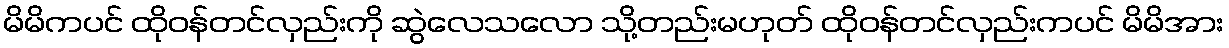
မိမိကပင် ထိုဝန်တင်လှည်းကို ဆွဲလေသလော သို့တည်းမဟုတ် ထိုဝန်တင်လှည်းကပင် မိမိအား